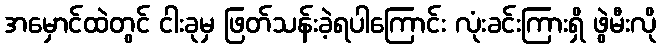
အမှောင်ထဲတွင် ငါးခုမှ ဖြတ်သန်းခဲ့ရပါကြောင်း လုံးခင်းကြားရှိ ဖွဲမီးလို